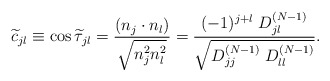
\begin{align*}\widetilde{c}_{jl} \equiv \cos\widetilde{\tau}_{jl}= \frac{(n_j \cdot n_l)}{\sqrt{n_j^2 n_l^2}}= \frac{ (-1)^{j+l} \; D_{jl}^{(N-1)}} {\sqrt{D_{jj}^{(N-1)} \; D_{ll}^{(N-1)}}} .\end{align*}